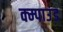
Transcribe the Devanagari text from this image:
क्म्पाउंड